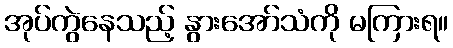
အုပ်ကွဲနေသည့် နွားအော်သံကို မကြားရ။